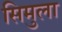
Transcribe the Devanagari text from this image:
सिमुला